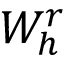
{ W } _ { h } ^ { r }